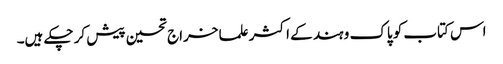
اس کتاب کو پاک و ہند کے اکثر علما خراج تحسین پیش کر چکے ہیں۔